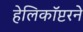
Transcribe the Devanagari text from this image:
हेलिकॉप्टरने